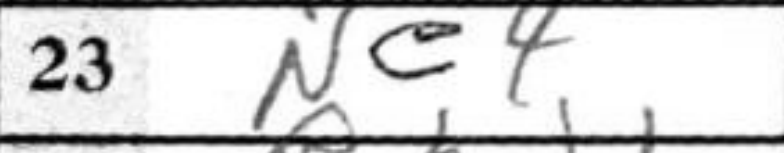
Transcription: Ne4